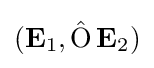
(\mathbf {E} _{1},\operatorname {\hat {O}} \mathbf {E} _{2})